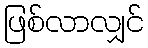
ဖြစ်လာလျှင်